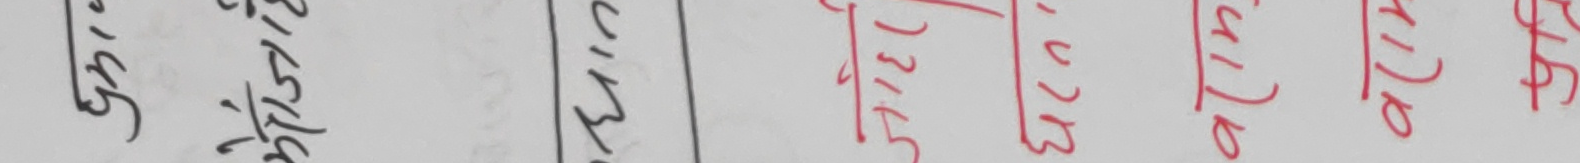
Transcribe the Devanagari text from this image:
11"खाता १.२०३ अक्टाेबर २०१७